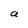
Character: a